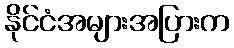
နိုင်ငံအများအပြားက